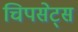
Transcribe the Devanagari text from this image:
चिपसेट्स